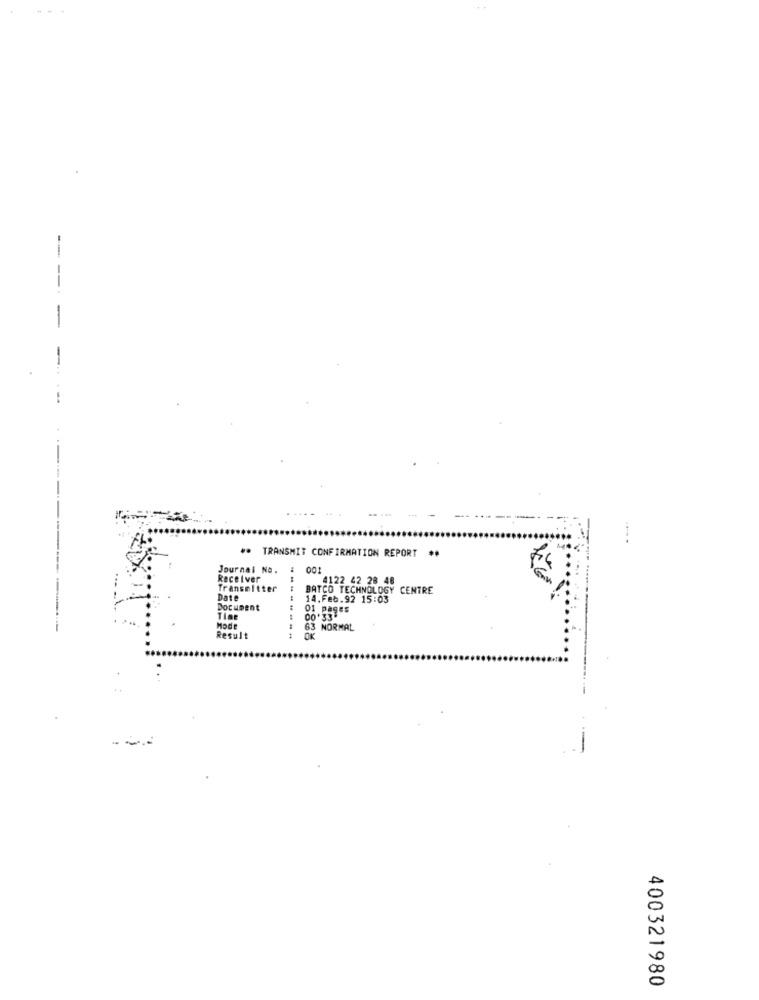
.. TRANSMIT CONFIRMATION REPORT
Journal No.
:
Receiver
4122 42 28 48
---
Transmitter
BATCO TECHNOLOGY CENTRE
Date
---
14.Feb.92 15:03
Document
01 pages
Tier
00.33
Mode
63 NORMAL
Result
OK
400321980